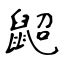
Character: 鼦